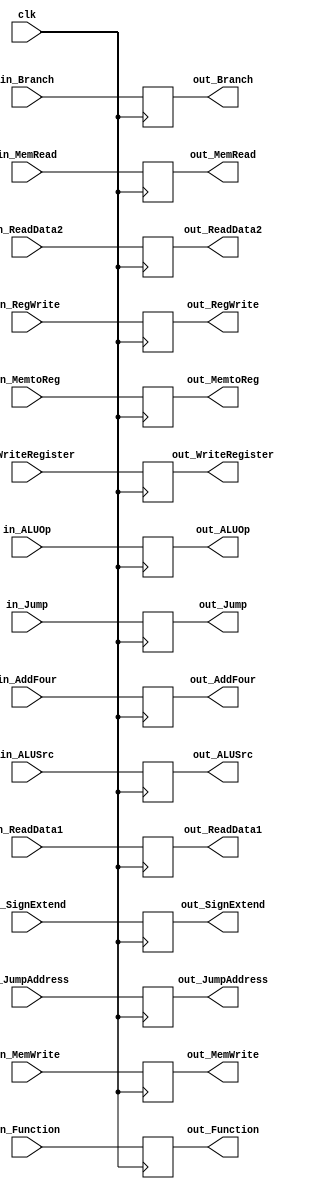
module IDEX
(
	input wire clk,
	input wire in_Jump,
	input wire in_Branch,
	input wire in_MemRead,
	input wire in_MemtoReg,
	input wire [ 5:0]in_ALUOp,
	input wire in_MemWrite,
	input wire in_ALUSrc,
	input wire in_RegWrite,
	input wire [27:0]in_JumpAddress,
	input wire [31:0]in_AddFour,
	input wire [31:0]in_ReadData1,
	input wire [31:0]in_ReadData2,
	input wire [31:0]in_SignExtend,
	input wire [ 4:0]in_WriteRegister,
	input wire [ 5:0]in_Function,
	output reg out_Jump,
	output reg out_Branch,
	output reg out_MemRead,
	output reg out_MemtoReg,
	output reg [ 5:0]out_ALUOp,
	output reg out_MemWrite,
	output reg out_ALUSrc,
	output reg out_RegWrite,
	output reg [27:0]out_JumpAddress,
	output reg [31:0]out_AddFour,
	output reg [31:0]out_ReadData1,
	output reg [31:0]out_ReadData2,
	output reg [31:0]out_SignExtend,
	output reg [ 4:0]out_WriteRegister,
	output reg [ 5:0]out_Function
);

	always @(posedge clk)
		begin
			out_Jump          <= in_Jump;
			out_Branch        <= in_Branch;
			out_MemRead       <= in_MemRead;
			out_MemtoReg      <= in_MemtoReg;
			out_ALUOp         <= in_ALUOp;
			out_MemWrite      <= in_MemWrite;
			out_ALUSrc        <= in_ALUSrc;
			out_RegWrite      <= in_RegWrite;
			out_JumpAddress   <= in_JumpAddress;
			out_AddFour       <= in_AddFour;
			out_ReadData1     <= in_ReadData1;
			out_ReadData2     <= in_ReadData2;
			out_SignExtend    <= in_SignExtend;
			out_WriteRegister <= in_WriteRegister;
			out_Function      <= in_Function;
		end

endmodule